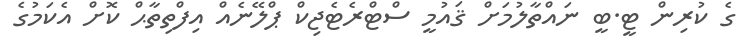
ގެ ކުރިން ޓީ.ބީ ނައްތާލުމަށް ޤައުމީ ސްޓްރެޓެޖިކް ޕްލޭނެއް އިފްތިތާޙް ކޮށް އެކަމުގެ